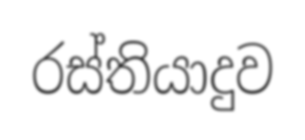
රස්තියාදුව